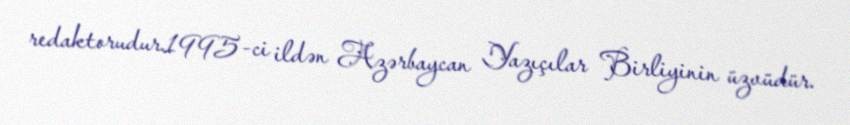
redaktorudur.1995-ci ildən Azərbaycan Yazıçılar Birliyinin üzvüdür.